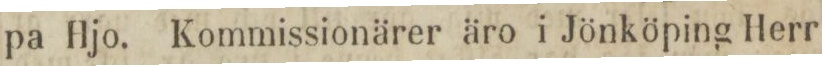
pa Hjo. Kommissionärer äro i Jönköping Herr